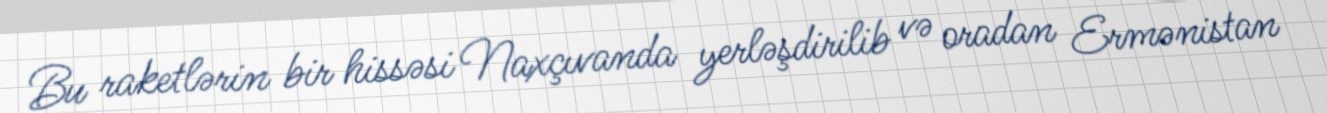
Bu raketlərin bir hissəsi Naxçıvanda yerləşdirilib və oradan Ermənistan